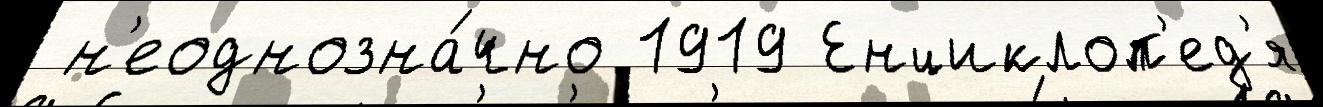
 н'еоднозна́чно 1919 Енциклоп'ед'я